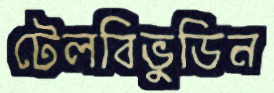
টেলবিভুডিন